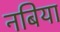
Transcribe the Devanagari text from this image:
नबिया